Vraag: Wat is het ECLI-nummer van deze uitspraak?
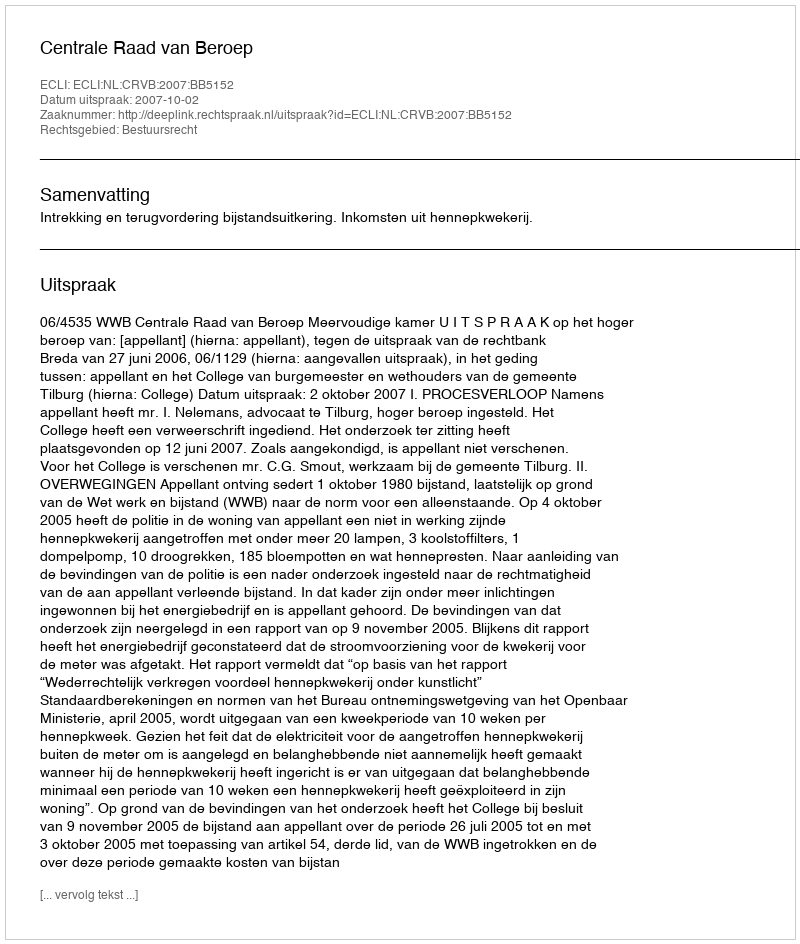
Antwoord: ECLI:NL:CRVB:2007:BB5152